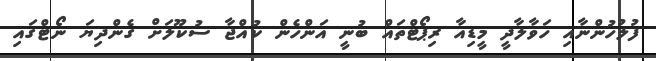
ފުލުހުންނާއި ހަވާލާދީ މީޑިއާ ރިޕޯޓްތައް ބުނީ އަންހެން ކުއްޖާ ސުކޫލަށް ގެންދިޔަ ނޯޓްގައި